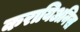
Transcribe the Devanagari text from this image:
करायिअनिस